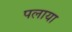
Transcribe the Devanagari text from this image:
पलाया